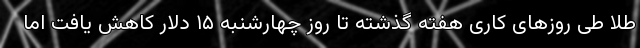
طلا طی روزهای کاری هفته گذشته تا روز چهارشنبه ۱۵ دلار کاهش یافت اما